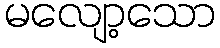
မလျော့သော